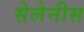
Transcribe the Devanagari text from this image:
सेलेनीस